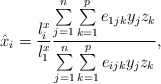
\begin{align*}\hat{x}_{i}=\frac{l_{i}^{x}}{l_{1}^{x}}\frac{\sum\limits_{j=1}^n \sum\limits_{k=1}^p {e_{1jk}y_{j}z_{k}} }{\sum\limits_{j=1}^n \sum\limits_{k=1}^p {e_{ijk}y_{j}z_{k}} },\end{align*}